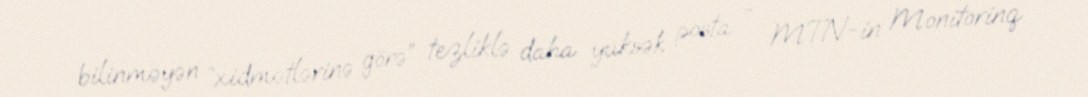
bilinməyən “xidmətlərinə görə” tezliklə daha yüksək posta - MTN-in Monitorinq